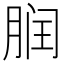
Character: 𬂀